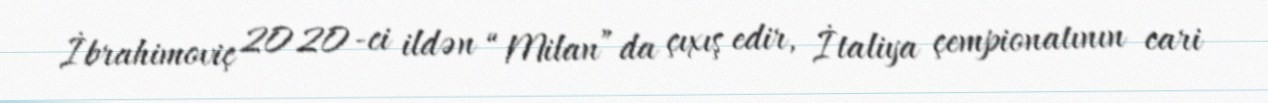
İbrahimoviç 2020-ci ildən “Milan”da çıxış edir, İtaliya çempionatının cari